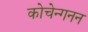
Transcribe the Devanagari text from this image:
कोचेन्गनन